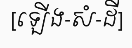
[ឡើង-សំ-ដី]